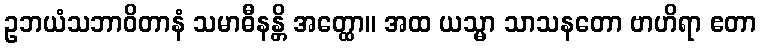
ဥဘယံသဘာဝိတာနံ သမာဓီနန္တိ အတ္ထော။ အထ ယသ္မာ သာသနတော ဗာဟိရာ ဧတာ